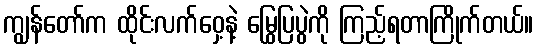
ကျွန်တော်က ထိုင်းလက်ဝှေ့နဲ့ မြွေပြပွဲကို ကြည့်ရတာကြိုက်တယ်။